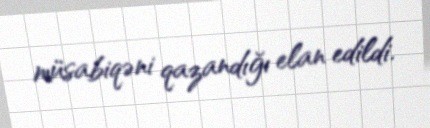
müsabiqəni qazandığı elan edildi.